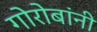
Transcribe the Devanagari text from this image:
गोरोबांनी